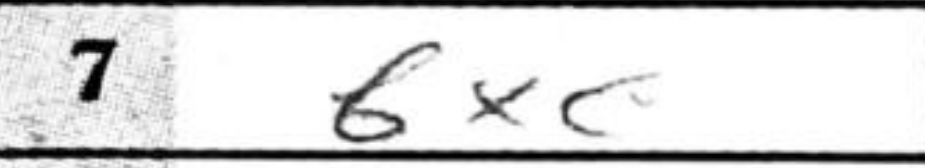
Transcription: bxc